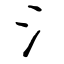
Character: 氵